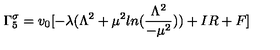
\Gamma _ { 5 } ^ { \sigma } = v _ { 0 } [ - \lambda ( \Lambda ^ { 2 } + \mu ^ { 2 } l n ( \frac { \Lambda ^ { 2 } } { - \mu ^ { 2 } } ) ) + I R + F ]